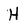
Character: H